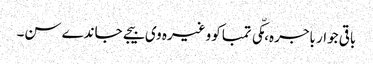
باقی جوار باجرہ، مکّی تمباکو وغیرہ وی بیجے جاندے سن۔